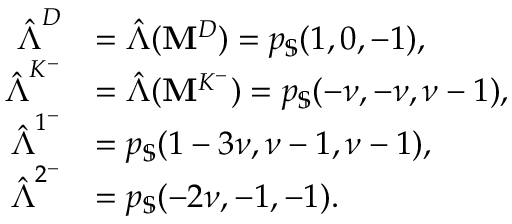
\begin{array} { r l } { \hat { \boldsymbol { \Lambda } } ^ { D } } & { = \hat { \boldsymbol { \Lambda } } ( \mathbf { M } ^ { D } ) = p _ { \mathbb { S } } ( 1 , 0 , - 1 ) , } \\ { \hat { \boldsymbol { \Lambda } } ^ { K ^ { - } } } & { = \hat { \boldsymbol { \Lambda } } ( \mathbf { M } ^ { K ^ { - } } ) = p _ { \mathbb { S } } ( - \nu , - \nu , \nu - 1 ) , } \\ { \hat { \boldsymbol { \Lambda } } ^ { 1 ^ { - } } } & { = p _ { \mathbb { S } } ( 1 - 3 \nu , \nu - 1 , \nu - 1 ) , } \\ { \hat { \boldsymbol { \Lambda } } ^ { 2 ^ { - } } } & { = p _ { \mathbb { S } } ( - 2 \nu , - 1 , - 1 ) . } \end{array}